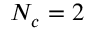
N _ { c } = 2